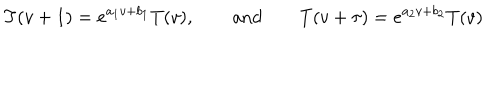
LaTeX: T ( v + 1 ) = e ^ { a _ { 1 } v + b _ { 1 } } T ( v ) , \qquad \mathrm { a n d } \qquad T ( v + \tau ) = e ^ { a _ { 2 } v + b _ { 2 } } T ( v )